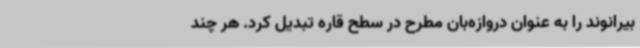
بیرانوند را به عنوان دروازه‌بان مطرح در سطح قاره تبدیل کرد. هر چند